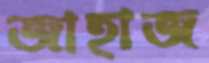
জাহাজ